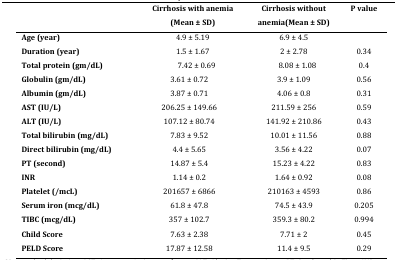
<table><thead><tr><td></td><td><b>Cirrhosis with anemia(Mean ± SD)</b></td><td><b>Cirrhosis without anemia(Mean ± SD)</b></td><td><b>P value</b></td></tr></thead><tbody><tr><td><b>Age (year)</b></td><td>4.9 ± 5.19</td><td>6.9 ± 4.5</td><td></td></tr><tr><td><b>Duration (year)</b></td><td>1.5 ± 1.67</td><td>2 ± 2.78</td><td>0.34</td></tr><tr><td><b>Total protein (gm/dL)</b></td><td>7.42 ± 0.69</td><td>8.08 ± 1.08</td><td>0.4</td></tr><tr><td><b>Globulin (gm/dL)</b></td><td>3.61 ± 0.72</td><td>3.9 ± 1.09</td><td>0.56</td></tr><tr><td><b>Albumin (gm/dL)</b></td><td>3.87 ± 0.71</td><td>4.06 ± 0.8</td><td>0.31</td></tr><tr><td><b>AST (IU/L)</b></td><td>206.25 ± 149.66</td><td>211.59 ± 256</td><td>0.59</td></tr><tr><td><b>ALT (IU/L)</b></td><td>107.12 ± 80.74</td><td>141.92 ± 210.86</td><td>0.43</td></tr><tr><td><b>Total bilirubin (mg/dL)</b></td><td>7.83 ± 9.52</td><td>10.01 ± 11.56</td><td>0.88</td></tr><tr><td><b>Direct bilirubin (mg/dL)</b></td><td>4.4 ± 5.65</td><td>3.56 ± 4.22</td><td>0.07</td></tr><tr><td><b>PT (second)</b></td><td>14.87 ± 5.4</td><td>15.23 ± 4.22</td><td>0.83</td></tr><tr><td><b>INR</b></td><td>1.14 ± 0.2</td><td>1.64 ± 0.92</td><td>0.08</td></tr><tr><td><b>Platelet (/mcL)</b><b>Serum iron (mcg/dL)</b><b>TIBC (mcg/dL)</b><b>Child Score</b><b>PELD Score</b></td><td>201657 ± 686661.8 ± 47.8357 ± 102.77.63 ± 2.3817.87 ± 12.58</td><td>210163 ± 459374.5 ± 43.9359.3 ± 80.27.71 ± 211.4 ± 9.5</td><td>0.860.2050.9940.450.29</td></tr></tbody></table>